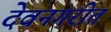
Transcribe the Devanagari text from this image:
देवनगरीत